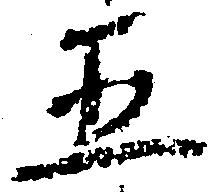
五